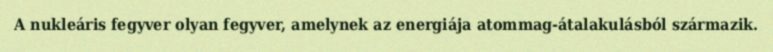
A nukleáris fegyver olyan fegyver, amelynek az energiája atommag-átalakulásból származik.